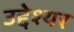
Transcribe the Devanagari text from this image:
उद्देश्यर